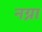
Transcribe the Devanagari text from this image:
नग्ना